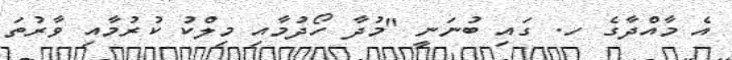
އެ މާއްދާގެ ހ. ގައި ބުނަނީ "މުދާ ހޯދުމާއި މިލްކު ކުރުމާއި ވާރުތަ